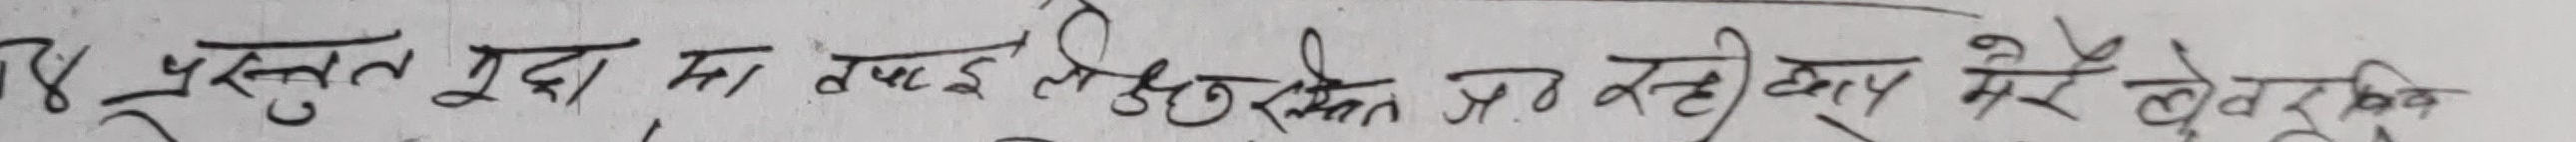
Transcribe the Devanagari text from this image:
४४ प्रस्तुत मुद्दा मा इष्टजिशेती उठन रही भए मेरा लेखिक